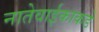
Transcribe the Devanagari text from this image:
नातेवाईकाकडे